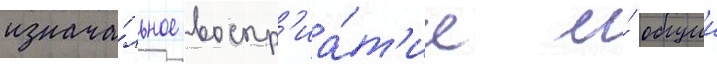
изнача́льное воспр'иа́т'ие и́ общии